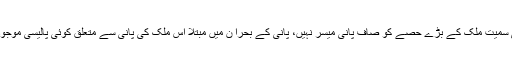
کراچی سمیت ملک کے بڑے حصے کو صاف پانی میسر نہیں، پانی کے بحرا ن میں مبتلا اس ملک کی پانی سے متعلق کوئی پالیسی موجود نہیں۔